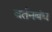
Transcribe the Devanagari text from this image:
वर्तनबंध